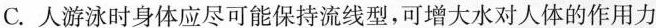
C.人游泳时身体应尽可能保持流线型，可增大水对人体的作用力